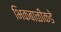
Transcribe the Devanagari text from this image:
भिकबाळीकडे